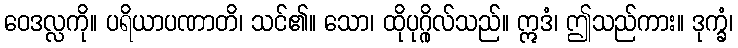
ဝေဒလ္လကို။ ပရိယာပဏာတိ၊ သင်၏။ သော၊ ထိုပုဂ္ဂိုလ်သည်။ ဣဒံ၊ ဤသည်ကား။ ဒုက္ခံ၊